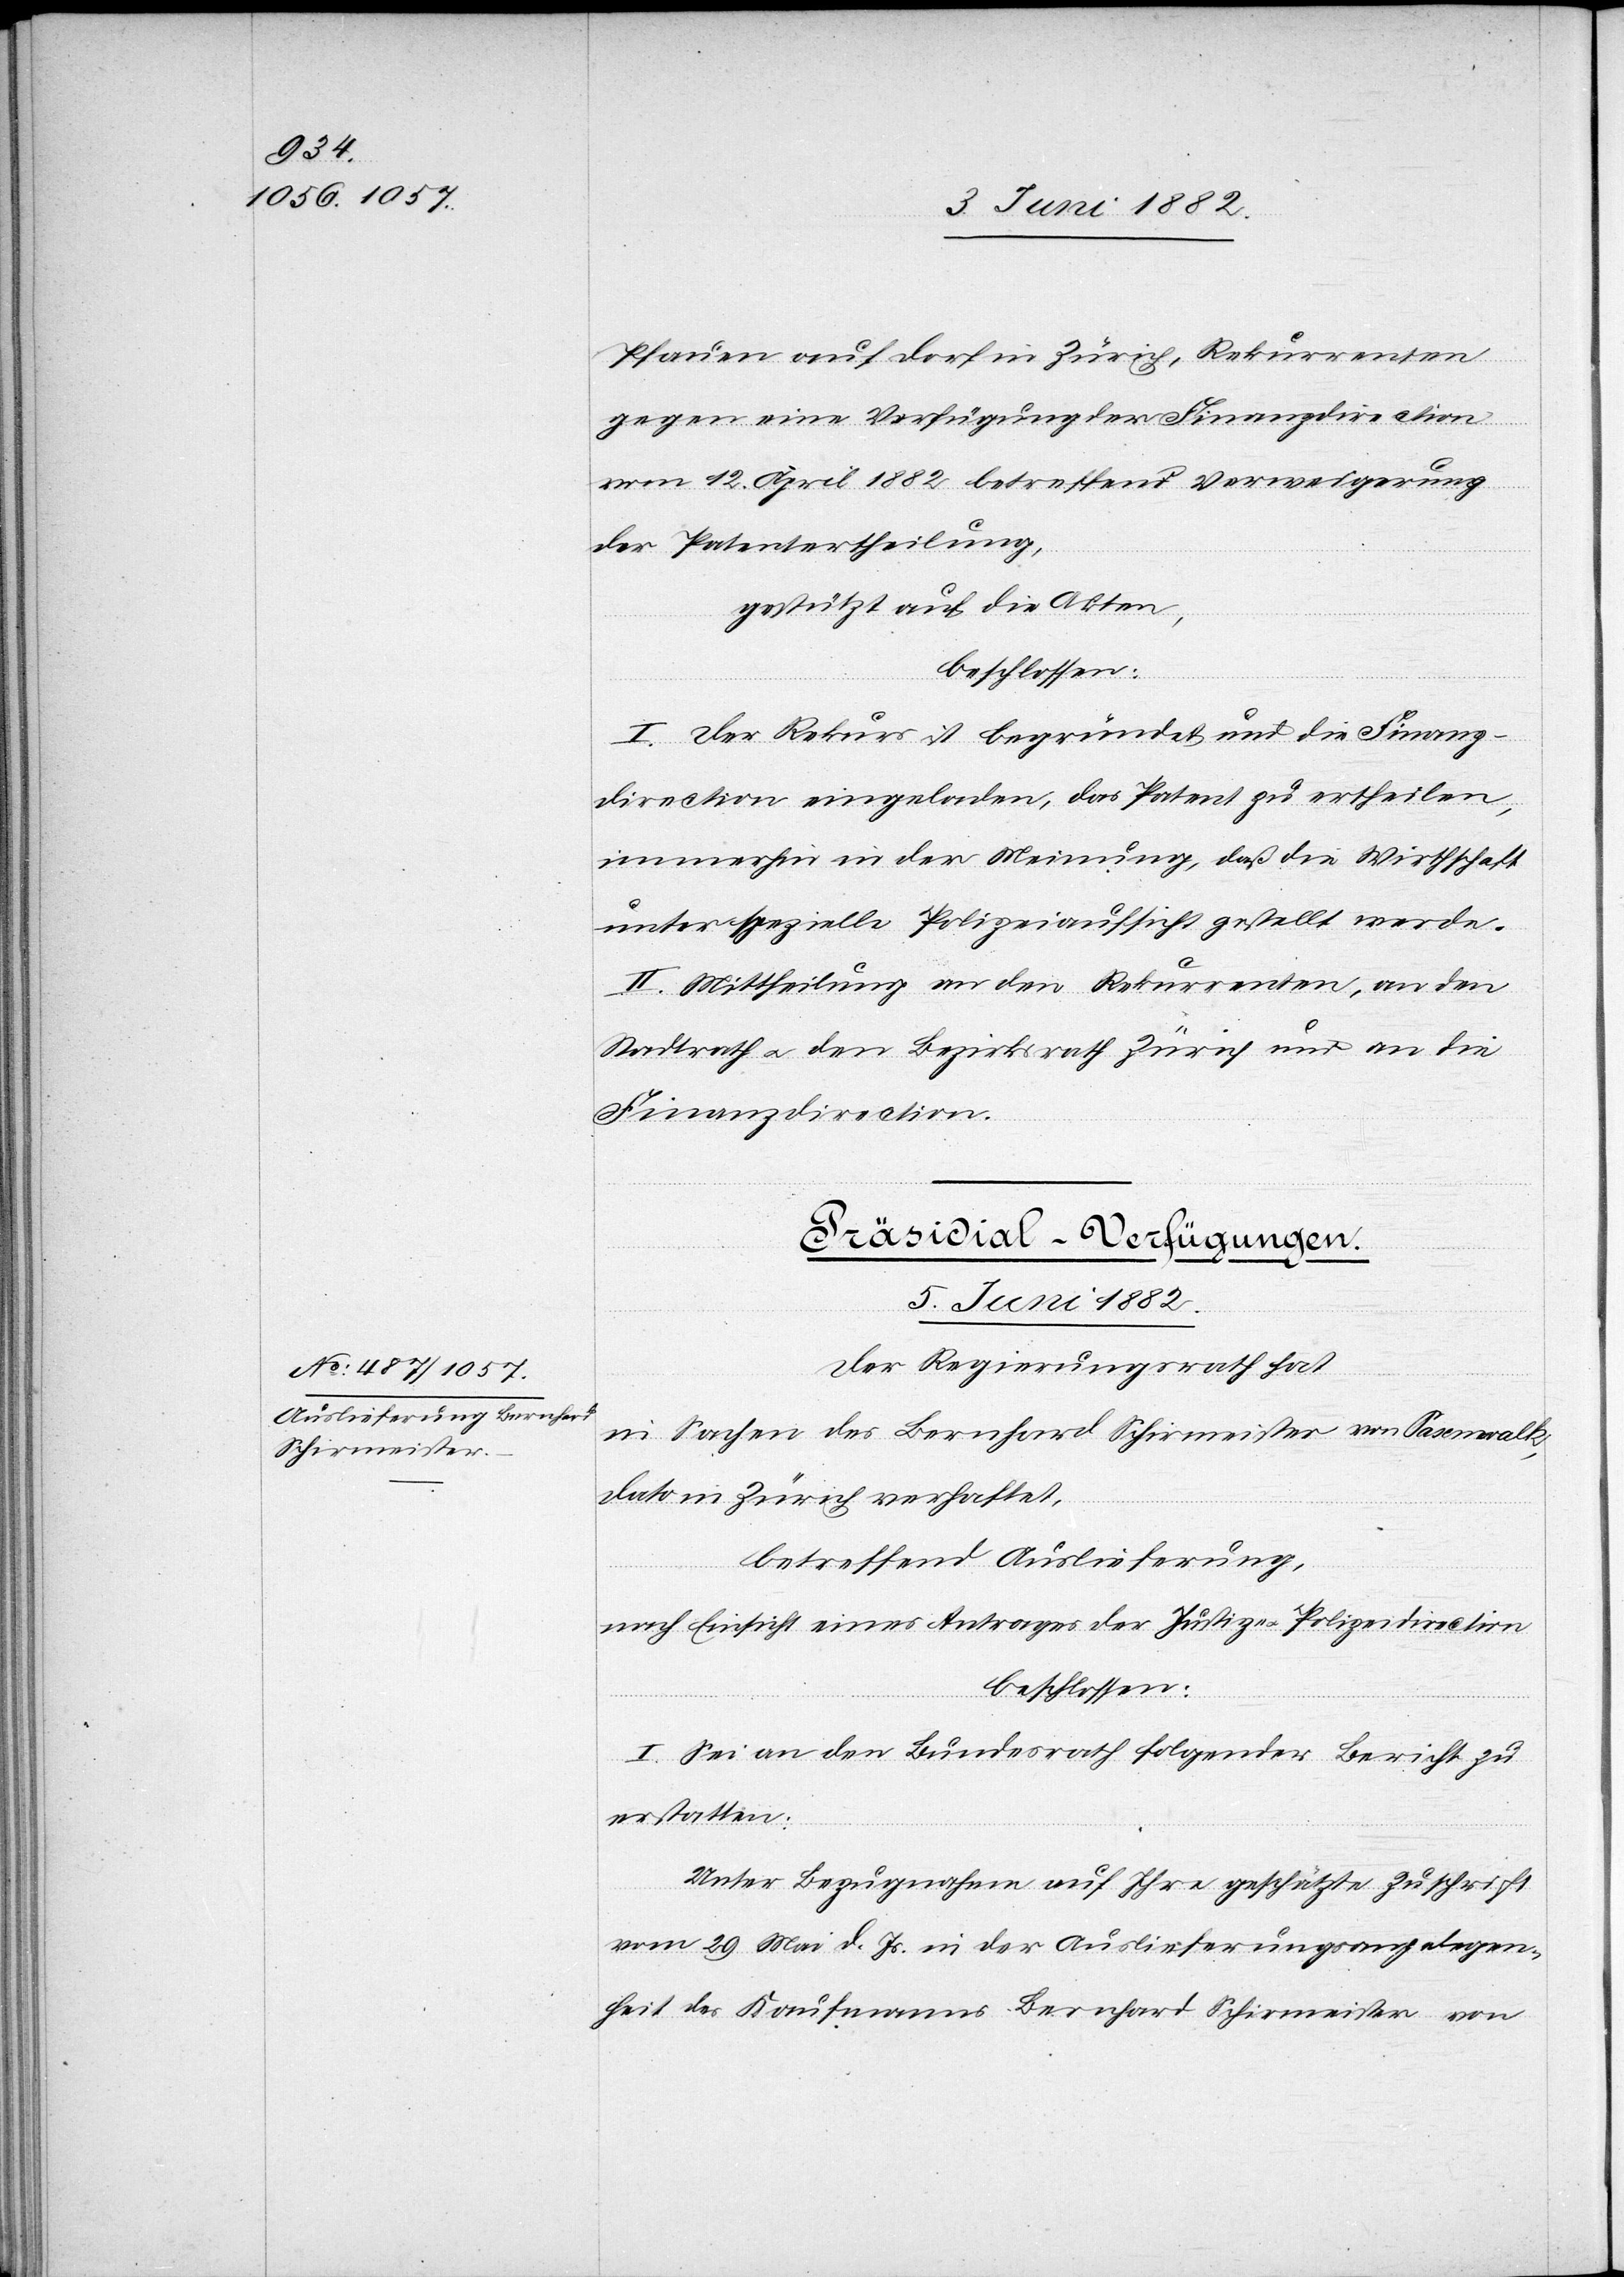
Pfauen auf Dorf in Zürich, Rekurrenten
gegen eine Verfügung der Finanzdirection
vom 12. April 1882 betreffend Verweigerung
der Patentertheilung,
gestützt auf die Akten,
beschlossen:
I. Der Rekurs ist begründet und die Finanz¬
direction eingeladen, das Patent zu ertheilen,
immerhin in der Meinung, daß die Wirthschaft
unter spezielle Polizeiaufsicht gestellt werde.
II. Mittheilung an den Rekurrenten, an den
Stadtrath u. den Bezirksrath Zürich und an die
Finanzdirection.
Präsidial-Verfügungen.
5. Juni 1882.
Der Regierungsrath hat,
in Sachen des Bernhard Schirmeister von Pasewalk,
dato in Zürich verhaftet,
betreffend Auslieferung,
nach Einsicht eines Antrages der Justiz. u. Polizeidirection
beschlossen:
I. Sei an den Bundesrath folgender Bericht zu
erstatten:
Unter Bezugnahme auf Ihre geschätzte Zuschrift
vom 29. Mai d. Js. in der Auslieferungsangelegen¬
heit des Kaufmanns Bernhard Schirmeister von